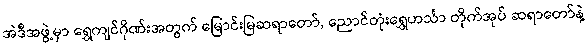
အဲဒီအဖွဲ့မှာ ရွှေကျင်ဂိုဏ်းအတွက် မြောင်းမြဆရာတော်, ညောင်တုံးရွှေဟင်္သာ တိုက်အုပ် ဆရာတော်နဲ့